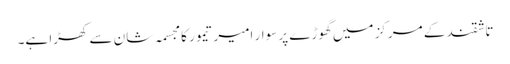
تاشقند کے مرکز میں گھوڑے پر سوار امیر تیمور کا مجسمہ شان سے کھڑا ہے۔